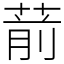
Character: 葥